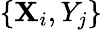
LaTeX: \{ \mathbf{X}_{i},Y_{j}\}